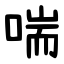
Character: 喘